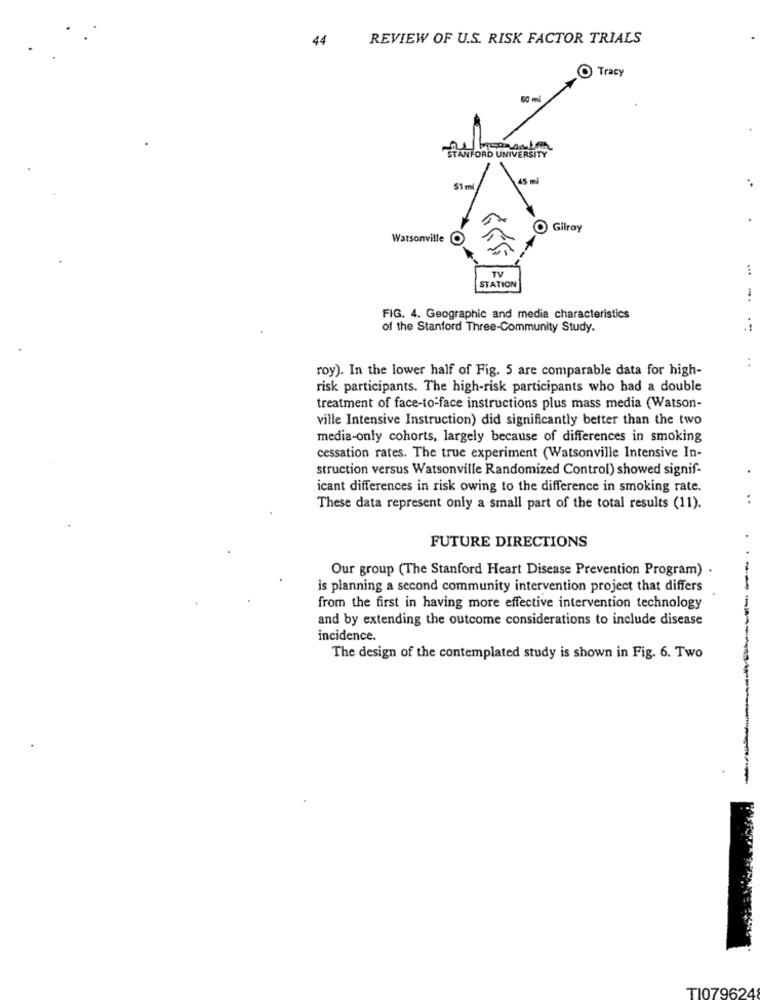
44
REVIEW OF U.S. RISK FACTOR TRIALS
O Tracy
STANFORD UNIVERSITY
51m
.
O Gilroy
Watsonville O
TV
STATION
FIG. 4. Geographic and media characteristics
of the Stanford Three-Community Study.
roy). In the lower half of Fig. 5 are comparable data for high-
..
risk participants. The high-risk participants who had a double
treatment of face-to-face instructions plus mass media (Watson-
ville Intensive Instruction) did significantly better than the two
media-only cohorts, largely because of differences in smoking
cessation rates. The true experiment (Watsonville Intensive In-
struction versus Watsonville Randomized Control) showed signif-
icant differences in risk owing to the difference in smoking rate.
. .
These data represent only a small part of the total results (11).
FUTURE DIRECTIONS
Our group (The Stanford Heart Disease Prevention Program) .
is planning a second community intervention project that differs
from the first in having more effective intervention technology
and by extending the outcome considerations to include disease
incidence.
The design of the contemplated study is shown in Fig. 6. Two
TI079624